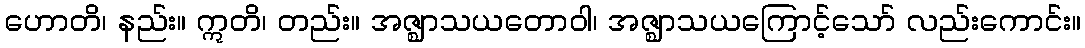
ဟောတိ၊ နည်း။ ဣတိ၊ တည်း။ အဇ္ဈာသယတောဝါ၊ အဇ္ဈာသယကြောင့်သော် လည်းကောင်း။